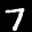
Label: 7